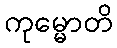
ကုမ္မောတိ